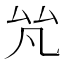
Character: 𠫨